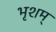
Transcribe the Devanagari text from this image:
भृशम्‌